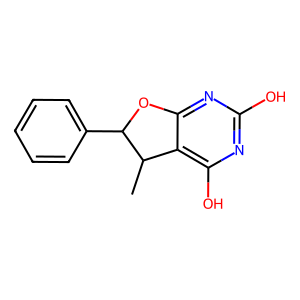
SMILES: CC1c2c(O)nc(O)nc2OC1c1ccccc1
Inhibits HIV replication: No